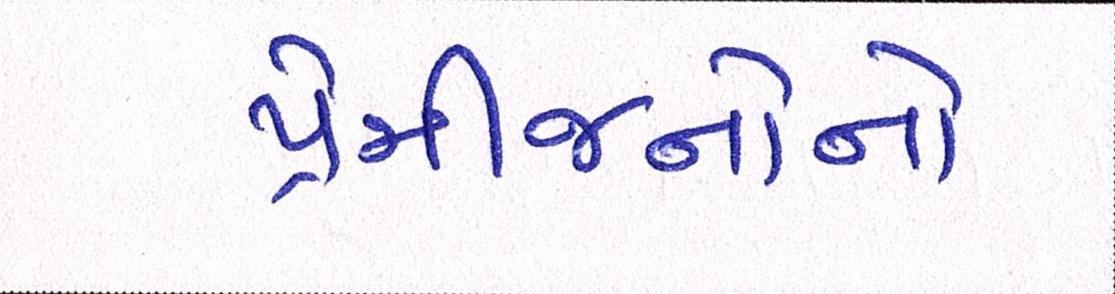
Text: પ્રેમીજનોનો